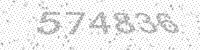
Solution: 574836